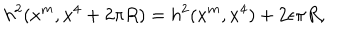
LaTeX: h ^ { 2 } ( x ^ { m } , x ^ { 4 } + 2 \pi R ) = h ^ { 2 } ( x ^ { m } , x ^ { 4 } ) + 2 \epsilon \pi R ,